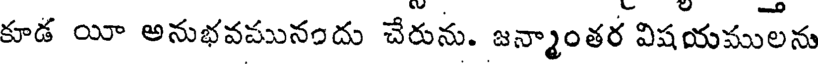
కూడ యా అనుభవమునందు చేరును. జన్మాంతర విషయములను